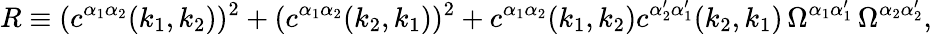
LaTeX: R\equiv(c^{\alpha_{1}\alpha_{2}}(k_{1},k_{2}))^{2}+(c^{\alpha_{1}\alpha_{2}}(k_{2},k_{1}))^{2}+c^{\alpha_{1}\alpha_{2}}(k_{1},k_{2})c^{\alpha_{2}^{\prime}\alpha_{1}^{\prime}}(k_{2},k_{1})\, \Omega^{\alpha_{1}\alpha_{1}^{\prime}}\, \Omega^{\alpha_{2}\alpha_{2}^{\prime}},